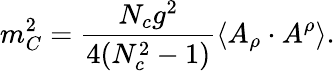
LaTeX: m_{C}^{2}=\frac{N_{c}g^{2}}{4(N_{c}^{2}-1)}\langle A_{\rho}\cdot A^{\rho}\rangle.